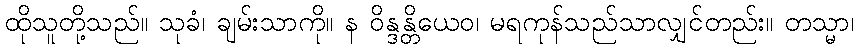
ထိုသူတို့သည်။ သုခံ၊ ချမ်းသာကို။ န ဝိန္ဒန္တိယေဝ၊ မရကုန်သည်သာလျှင်တည်း။ တသ္မာ၊